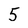
Character: 5